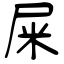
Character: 屎